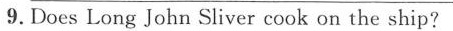
9.Does Long John Sliver cook on the ship?